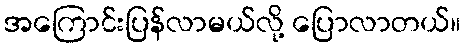
အကြောင်းပြန်လာမယ်လို့ ပြောလာတယ်။